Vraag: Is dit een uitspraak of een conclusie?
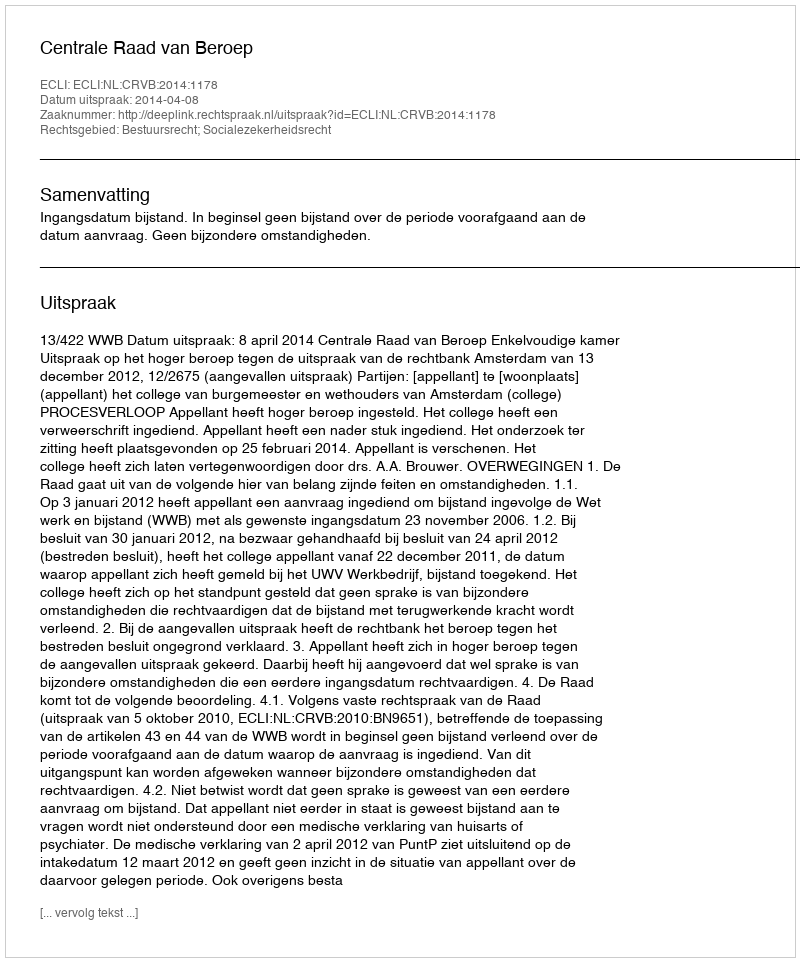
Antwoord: Uitspraak